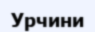
Урчини